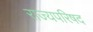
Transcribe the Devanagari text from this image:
राज्यपरिषद